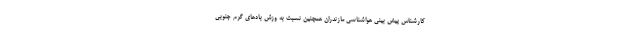
کارشناس پیش بینی هواشناسی مازندران همچنین نسبت به وزش بادهای گرم جنوبی